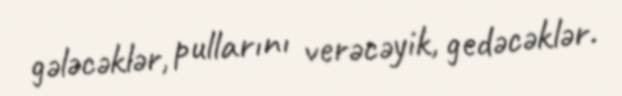
gələcəklər, pullarını verəcəyik, gedəcəklər.